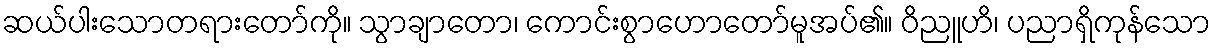
ဆယ်ပါးသောတရားတော်ကို။ သွာချာတော၊ ကောင်းစွာဟောတော်မူအပ်၏။ ဝိညူဟိ၊ ပညာရှိကုန်သော